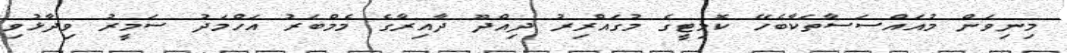
މިނިވަން މުއައްސަސާތަކާބެހޭ ކޮމިޓީގެ މުގައްރިރު ދިއްދޫ ދާއިރާގެ މެމްބަރު އަހްމަދު ސަމީރު ވިދާޅުވި